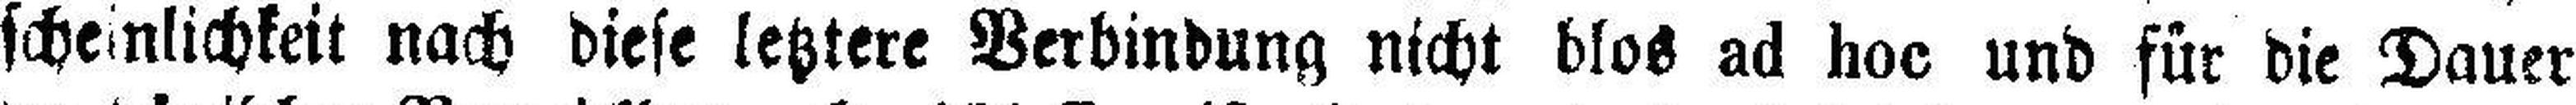
scheinlichkeit nach diese letztere Verbindung nicht blos ad hoc und für die Dauer